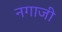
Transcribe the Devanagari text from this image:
नगाजी